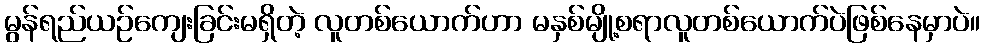
မွန်ရည်ယဉ်ကျေးခြင်းမရှိတဲ့ လူတစ်ယောက်ဟာ မနှစ်မျို့စရာလူတစ်ယောက်ပဲဖြစ်နေမှာပဲ။